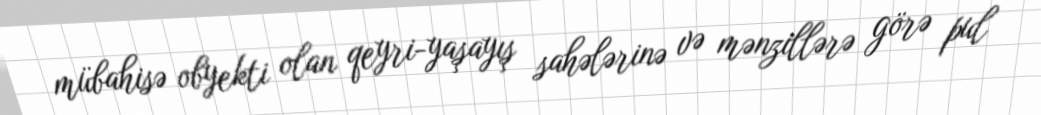
mübahisə obyekti olan qeyri-yaşayış sahələrinə və mənzillərə görə pul